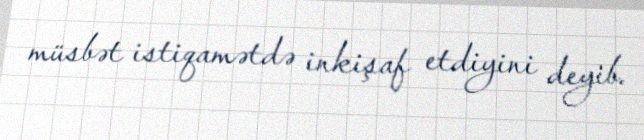
müsbət istiqamətdə inkişaf etdiyini deyib.